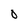
Character: O